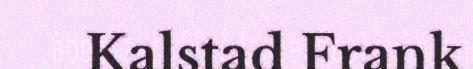
Kalstad Frank